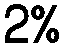
2%